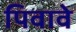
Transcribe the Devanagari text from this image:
पिवावे